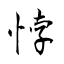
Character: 悖